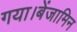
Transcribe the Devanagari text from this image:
गया।बेंजामिन